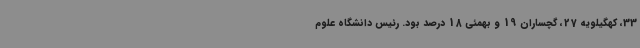
33، کهگیلویه 27، گچساران 19 و بهمئی 18 درصد بود. رئیس دانشگاه علوم